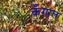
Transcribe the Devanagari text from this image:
कँगाल